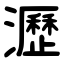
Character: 瀝